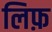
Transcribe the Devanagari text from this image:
लिफ़